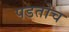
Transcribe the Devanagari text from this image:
पडतोच